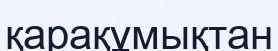
қарақұмықтан